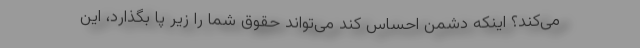
می‌کند؟ اینکه دشمن احساس کند می‌تواند حقوق شما را زیر پا بگذارد، این